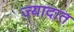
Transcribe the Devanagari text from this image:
ज्यादात